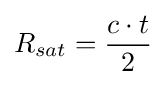
R_{sat}={\frac {c\cdot t}{2}}